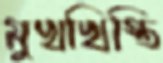
মুখখিস্তি